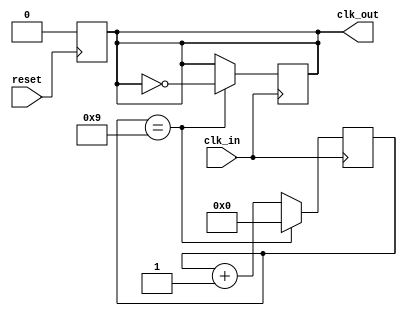
module Clock_Generator 
#(
    parameter DIVIDER = 10
)
(
    input        reset,
    input        clk_in,    // Input clock
    output reg   clk_out    // Output clock
);

    reg [DIVIDER - 1 : 0] count = 0;        // Counter for clock division

    always @(posedge reset) begin           // Always needs a restart signal tp initialize output clock
        clk_out <= 1'b0;
    end

    always @(posedge clk_in) begin
        if (count == DIVIDER - 1) begin     // Reset counter when it reaches the division factor
            count <= 0;
            clk_out <= ~clk_out; 
        end else
            count <= count + 1;
    end

endmodule